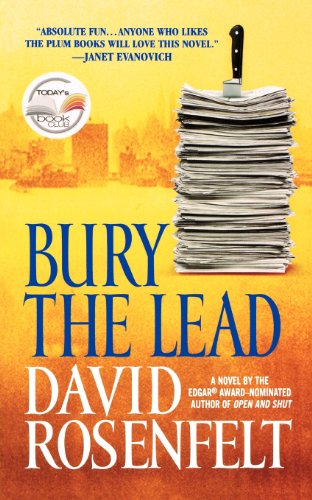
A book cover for Bury the Lead; David Rosenfelt; Mystery, Thriller & Suspense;